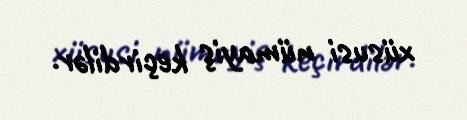
xüsusi nümayiş keçirdilər.